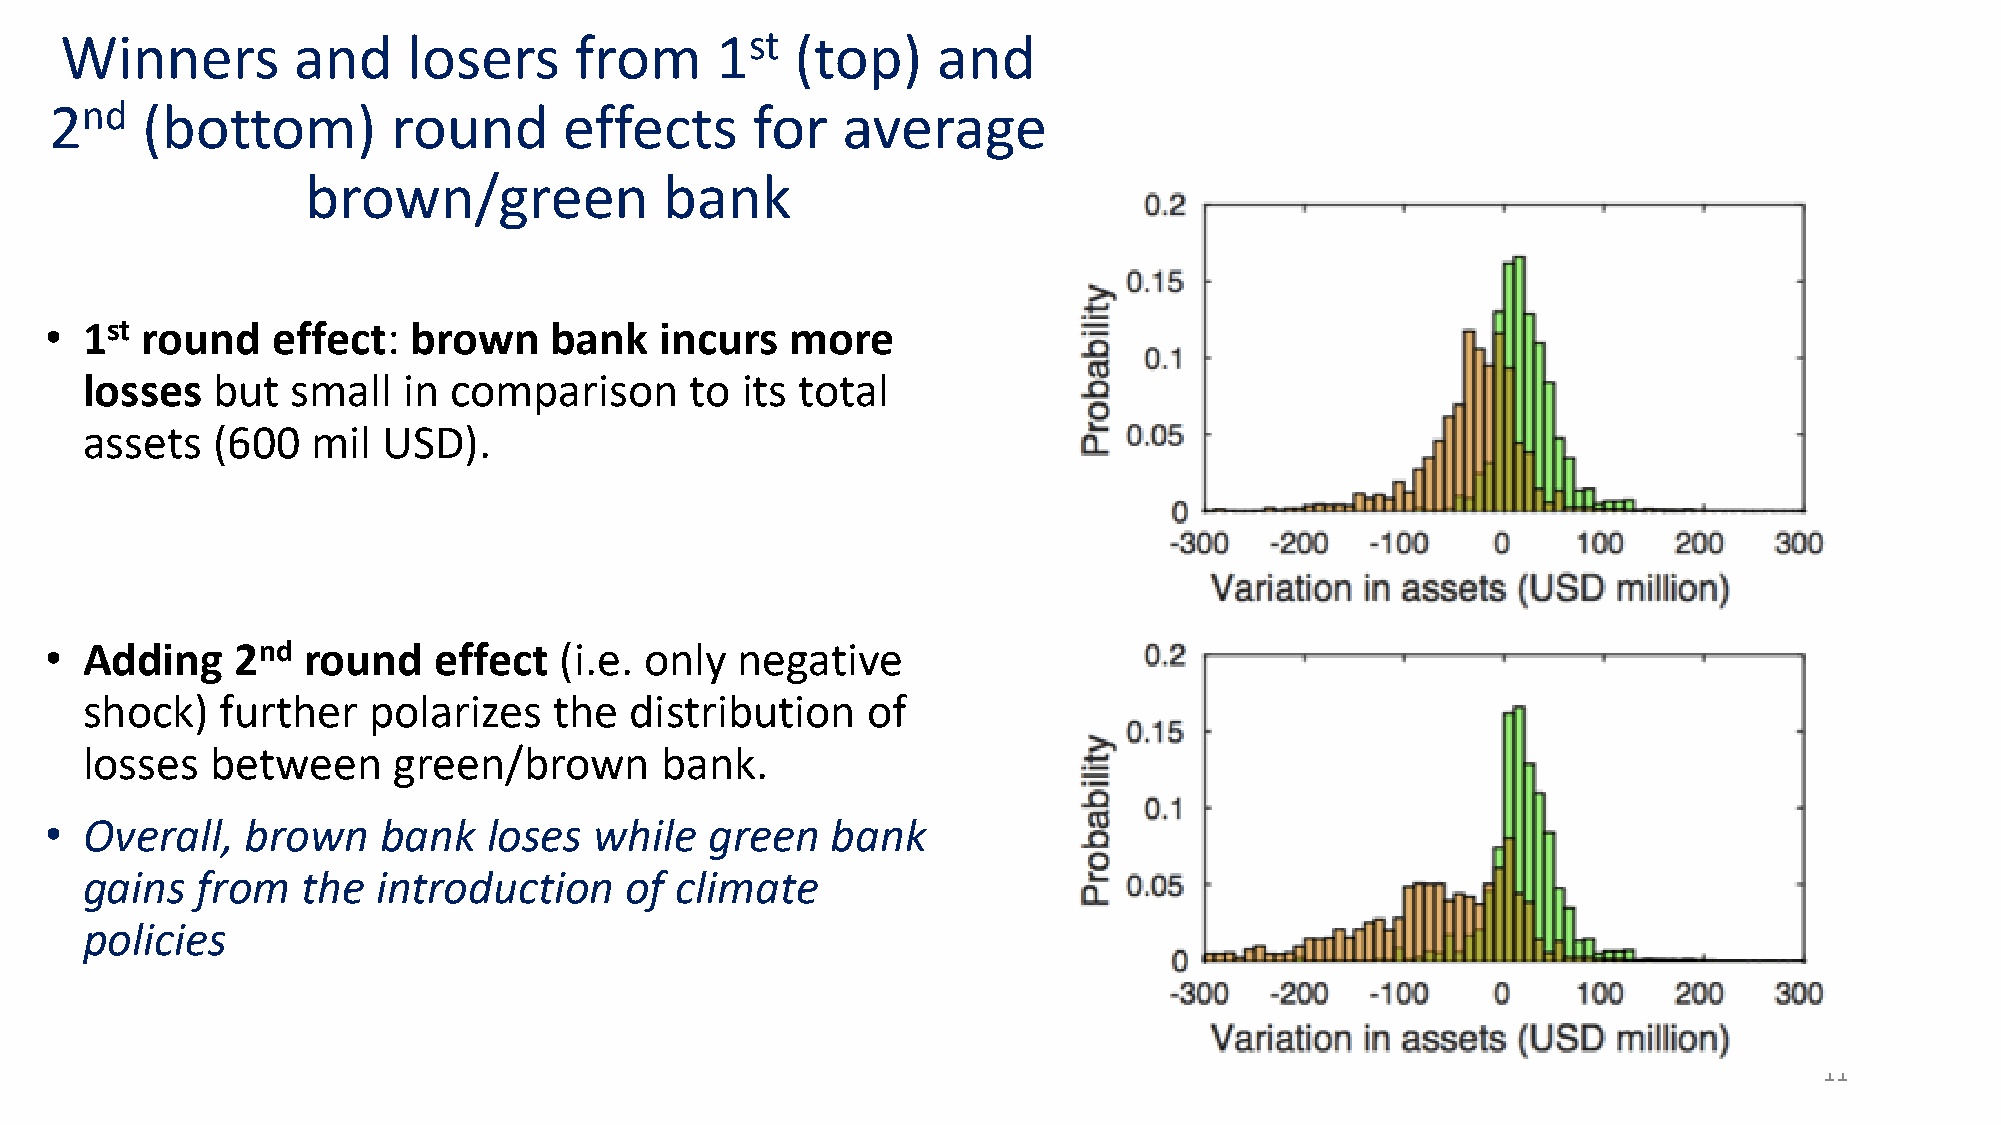
Winners        and     losers     from     1st   (top)    and
 2nd   (bottom)         round      effects      for   average
 brown/green             bank
 • 1st round    effect:  brown    bank    incurs  more
 losses   but  small   in comparison      to its total
 assets   (600   mil USD).
 • Adding     2nd round    effect  (i.e. only  negative
 shock)    further  polarizes    the  distribution   of
 losses   between     green/brown       bank.
 • Overall,   brown    bank   loses  while   green   bank
 gains   from   the  introduction    of  climate
 policies
 11